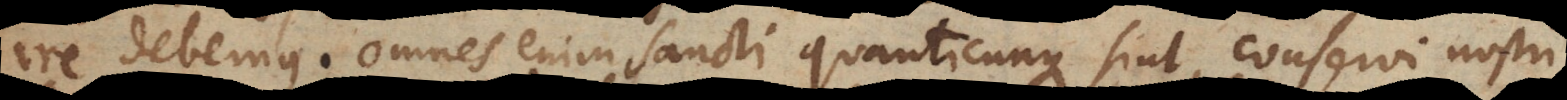
ire debemus. Omnes enim Sancti quanticunque sint, conservi nostri